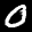
Label: 0